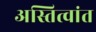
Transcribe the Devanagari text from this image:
अस्तित्वांत